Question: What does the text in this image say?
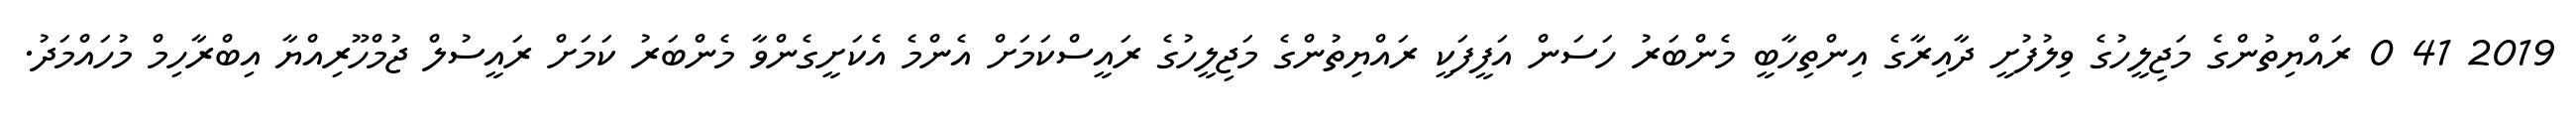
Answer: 2019 41 0 ރައްޔިތުންގެ މަޖިލީހުގެ ވިލުފުށީ ދާއިރާގެ އިންތިހާބީ މެންބަރު ހަސަން އަފީފަކީ ރައްޔިތުންގެ މަޖިލީހުގެ ރައީސްކަމަށް އެންމެ އެކަށީގެންވާ މެންބަރު ކަމަށް ރައީސުލް ޖުމްހޫރިއްޔާ އިބްރާހިމް މުހައްމަދު.